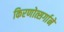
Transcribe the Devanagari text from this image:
किरणोत्सर्गाने